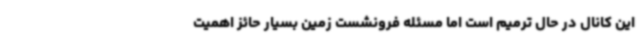
این کانال در حال ترمیم است اما مسئله فرونشست زمین بسیار حائز اهمیت